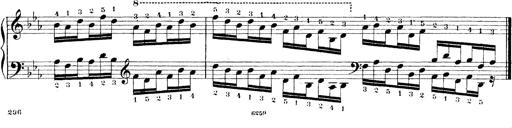
Title: Technische Studien
Composer: Franz Liszt